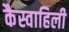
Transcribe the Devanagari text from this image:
कैस्वाहिली